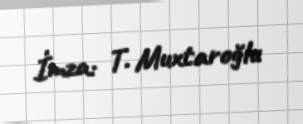
İmza: T. Muxtaroğlu